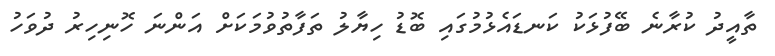
ތާއީދު ކުރާނެ ބޭފުޅަކު ކަނޑައެޅުމުގައި ބޮޑު ހިޔާލު ތަފާތުވުމަކަށް އަންނަ ހޮނިހިރު ދުވަހު